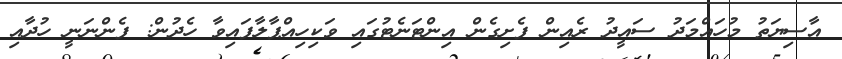
އާސިޔަތު މުހައްމަދު ސައީދު ރެއިން ފެށިގެން އިންޓަނެޓުގައި ވަކިހިއްޕާލާފައިވާ ހެދުން: ފެންނަނީ ހުދާއި